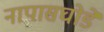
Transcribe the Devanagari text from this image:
नापासघोडे